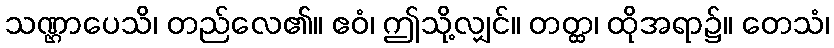
သဏ္ဌာပေသိ၊ တည်လေ၏။ ဧဝံ၊ ဤသို့လျှင်။ တတ္ထ၊ ထိုအရာ၌။ တေသံ၊